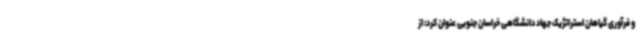
و فرآوری گیاهان استراتژیک جهاد دانشگاهی خراسان جنوبی عنوان کرد: از